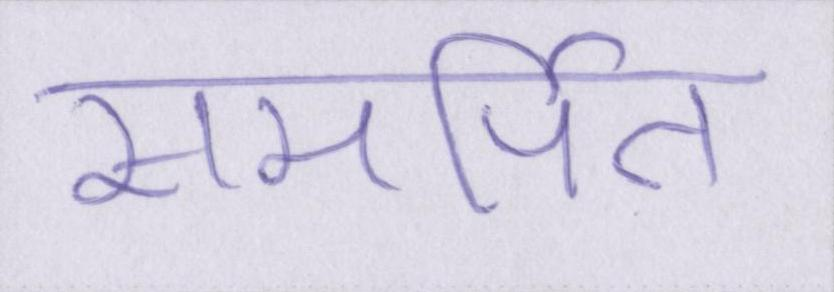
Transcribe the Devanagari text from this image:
समर्पित